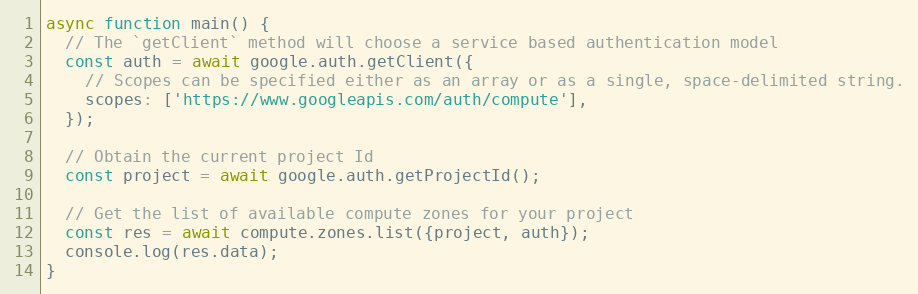
Language: JavaScript
async function main() {
  // The `getClient` method will choose a service based authentication model
  const auth = await google.auth.getClient({
    // Scopes can be specified either as an array or as a single, space-delimited string.
    scopes: ['https://www.googleapis.com/auth/compute'],
  });

  // Obtain the current project Id
  const project = await google.auth.getProjectId();

  // Get the list of available compute zones for your project
  const res = await compute.zones.list({project, auth});
  console.log(res.data);
}